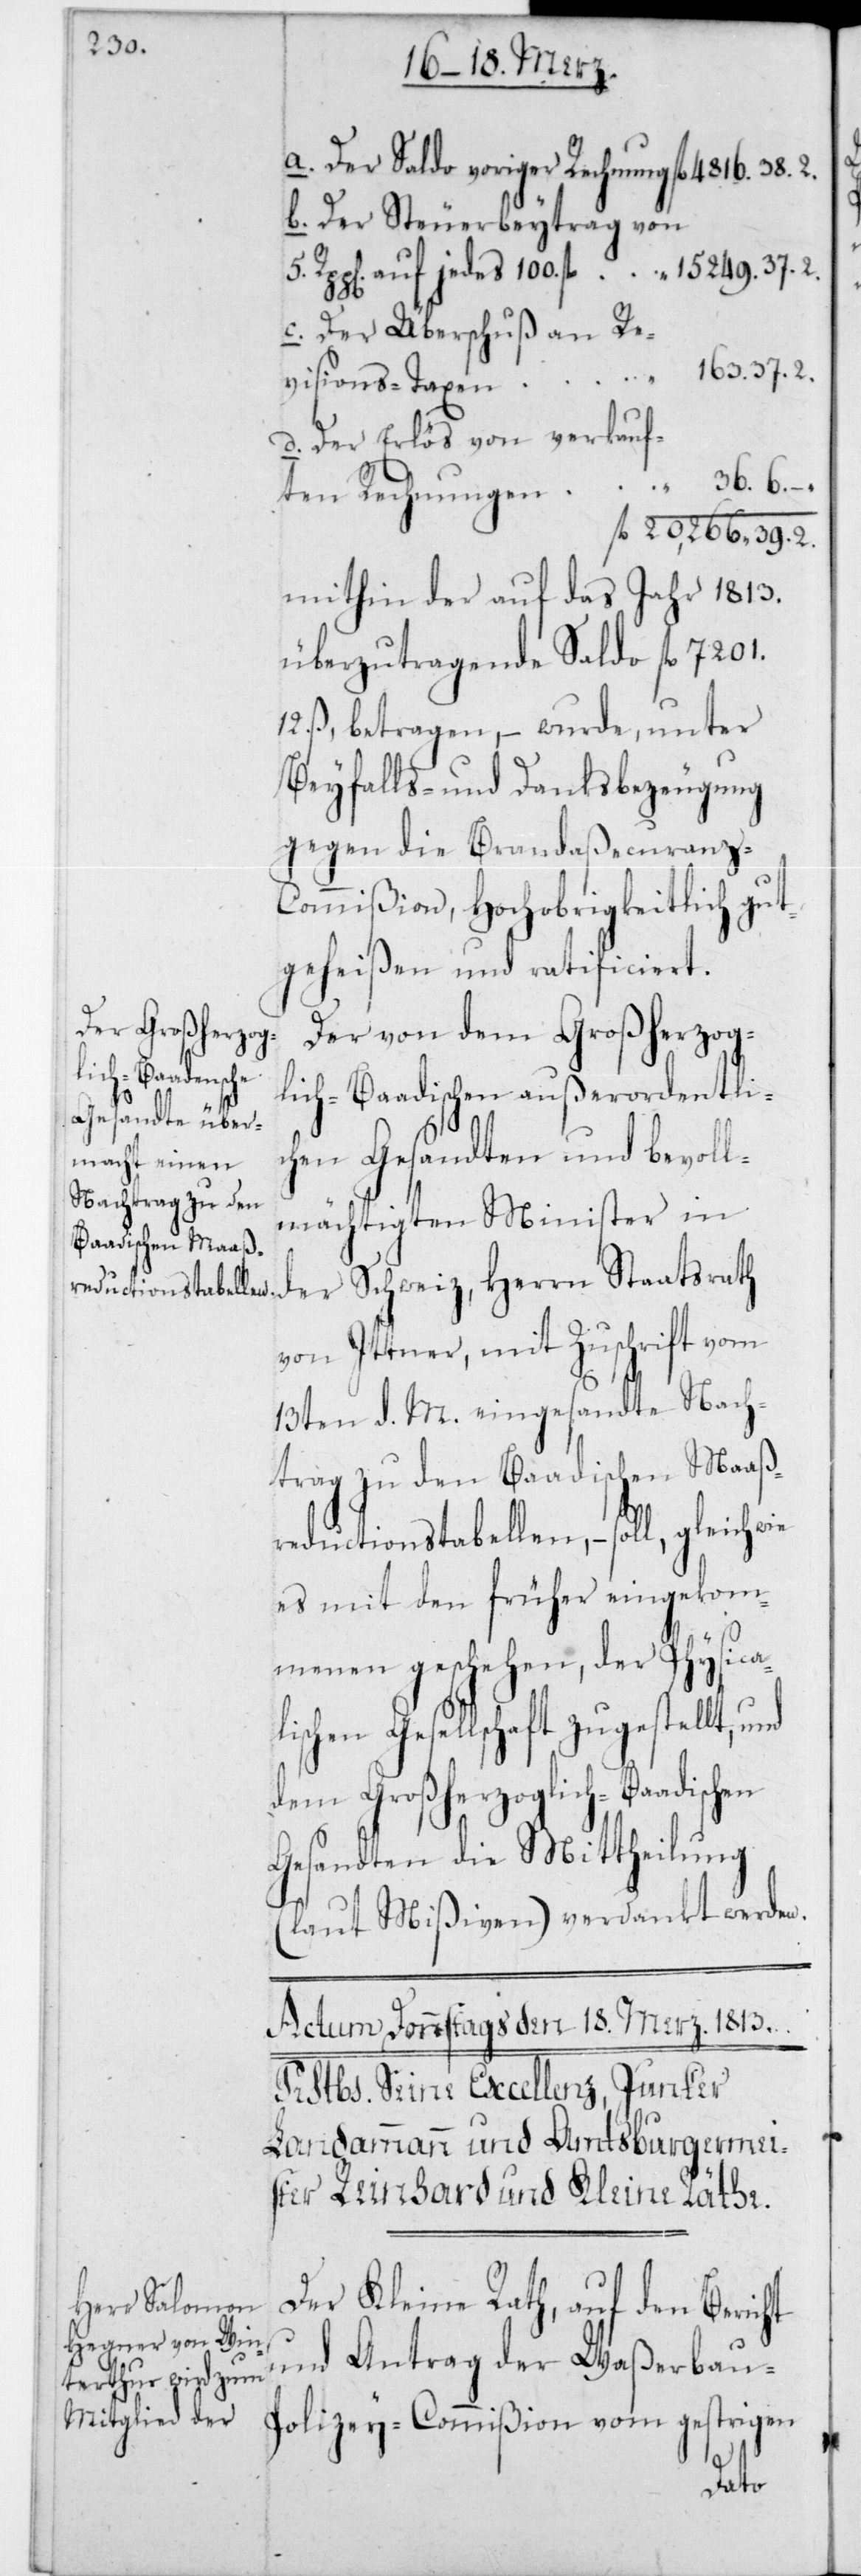
100.

fl.

Der Steuerbeytrag von
Der Überschuß an Re¬
136.37.2
visions-Taxen
Der Erlös von verkauf¬
20,266.39.2
mithin der auf das Jahr 1813
überzutragende Saldo 7201
12 ß betragen, – wurde, unter
Beyfalls- und Danksbezeugung
gegen die Brandaßecuranz-C¬
ommißion, Hochobrigkeitlich gut¬
geheißen und ratificiert.
Der von dem Großherzog¬
lich-Baadischen außerordentli¬
chen Gesandten und bevoll¬
mächtigten Minister in
der Schweiz, Herrn Staatsrath
von Ittner, mit Zuschrift vom
13ten d. M. eingesandte Nach¬
trag zu den Baadischen Maaß¬
reductionstabellen, – soll, gleichwie
es mit den früher eingekom¬
menen geschehen, der Physica¬
lischen Gesellschaft zugestellt, u¬
dem Großherzoglich-Baadischen
Gesandten die Mittheilung
(laut Mißiven) verdankt werden.
Der Kleine Rath, auf den Bericht
Antrag der Waßerbau-P¬
und
olizey-Commißion vom gestrigen